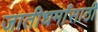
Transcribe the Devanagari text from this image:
जातीधर्मांसाठी